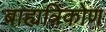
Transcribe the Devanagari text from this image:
बाह्यत्रिकोण